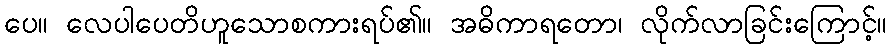
ပေ။ လေပါပေတိဟူသောစကားရပ်၏။ အဓိကာရတော၊ လိုက်လာခြင်းကြောင့်။